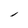
Character: 1